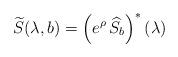
LaTeX: \begin{align*}\widetilde S(\lambda,b)=\left(e^\rho\,\widehat S_b\right)^*(\lambda)\end{align*}